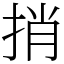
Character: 捎